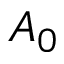
A _ { 0 }